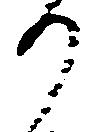
り